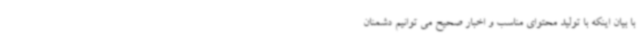
با بیان اینکه با تولید محتوای مناسب و اخبار صحیح می توانیم دشمنان